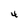
Character: 4